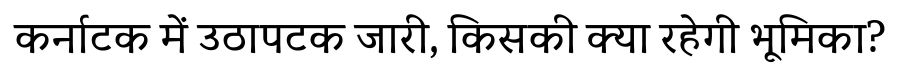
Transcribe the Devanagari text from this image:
कर्नाटक में उठापटक जारी, किसकी क्या रहेगी भूमिका?